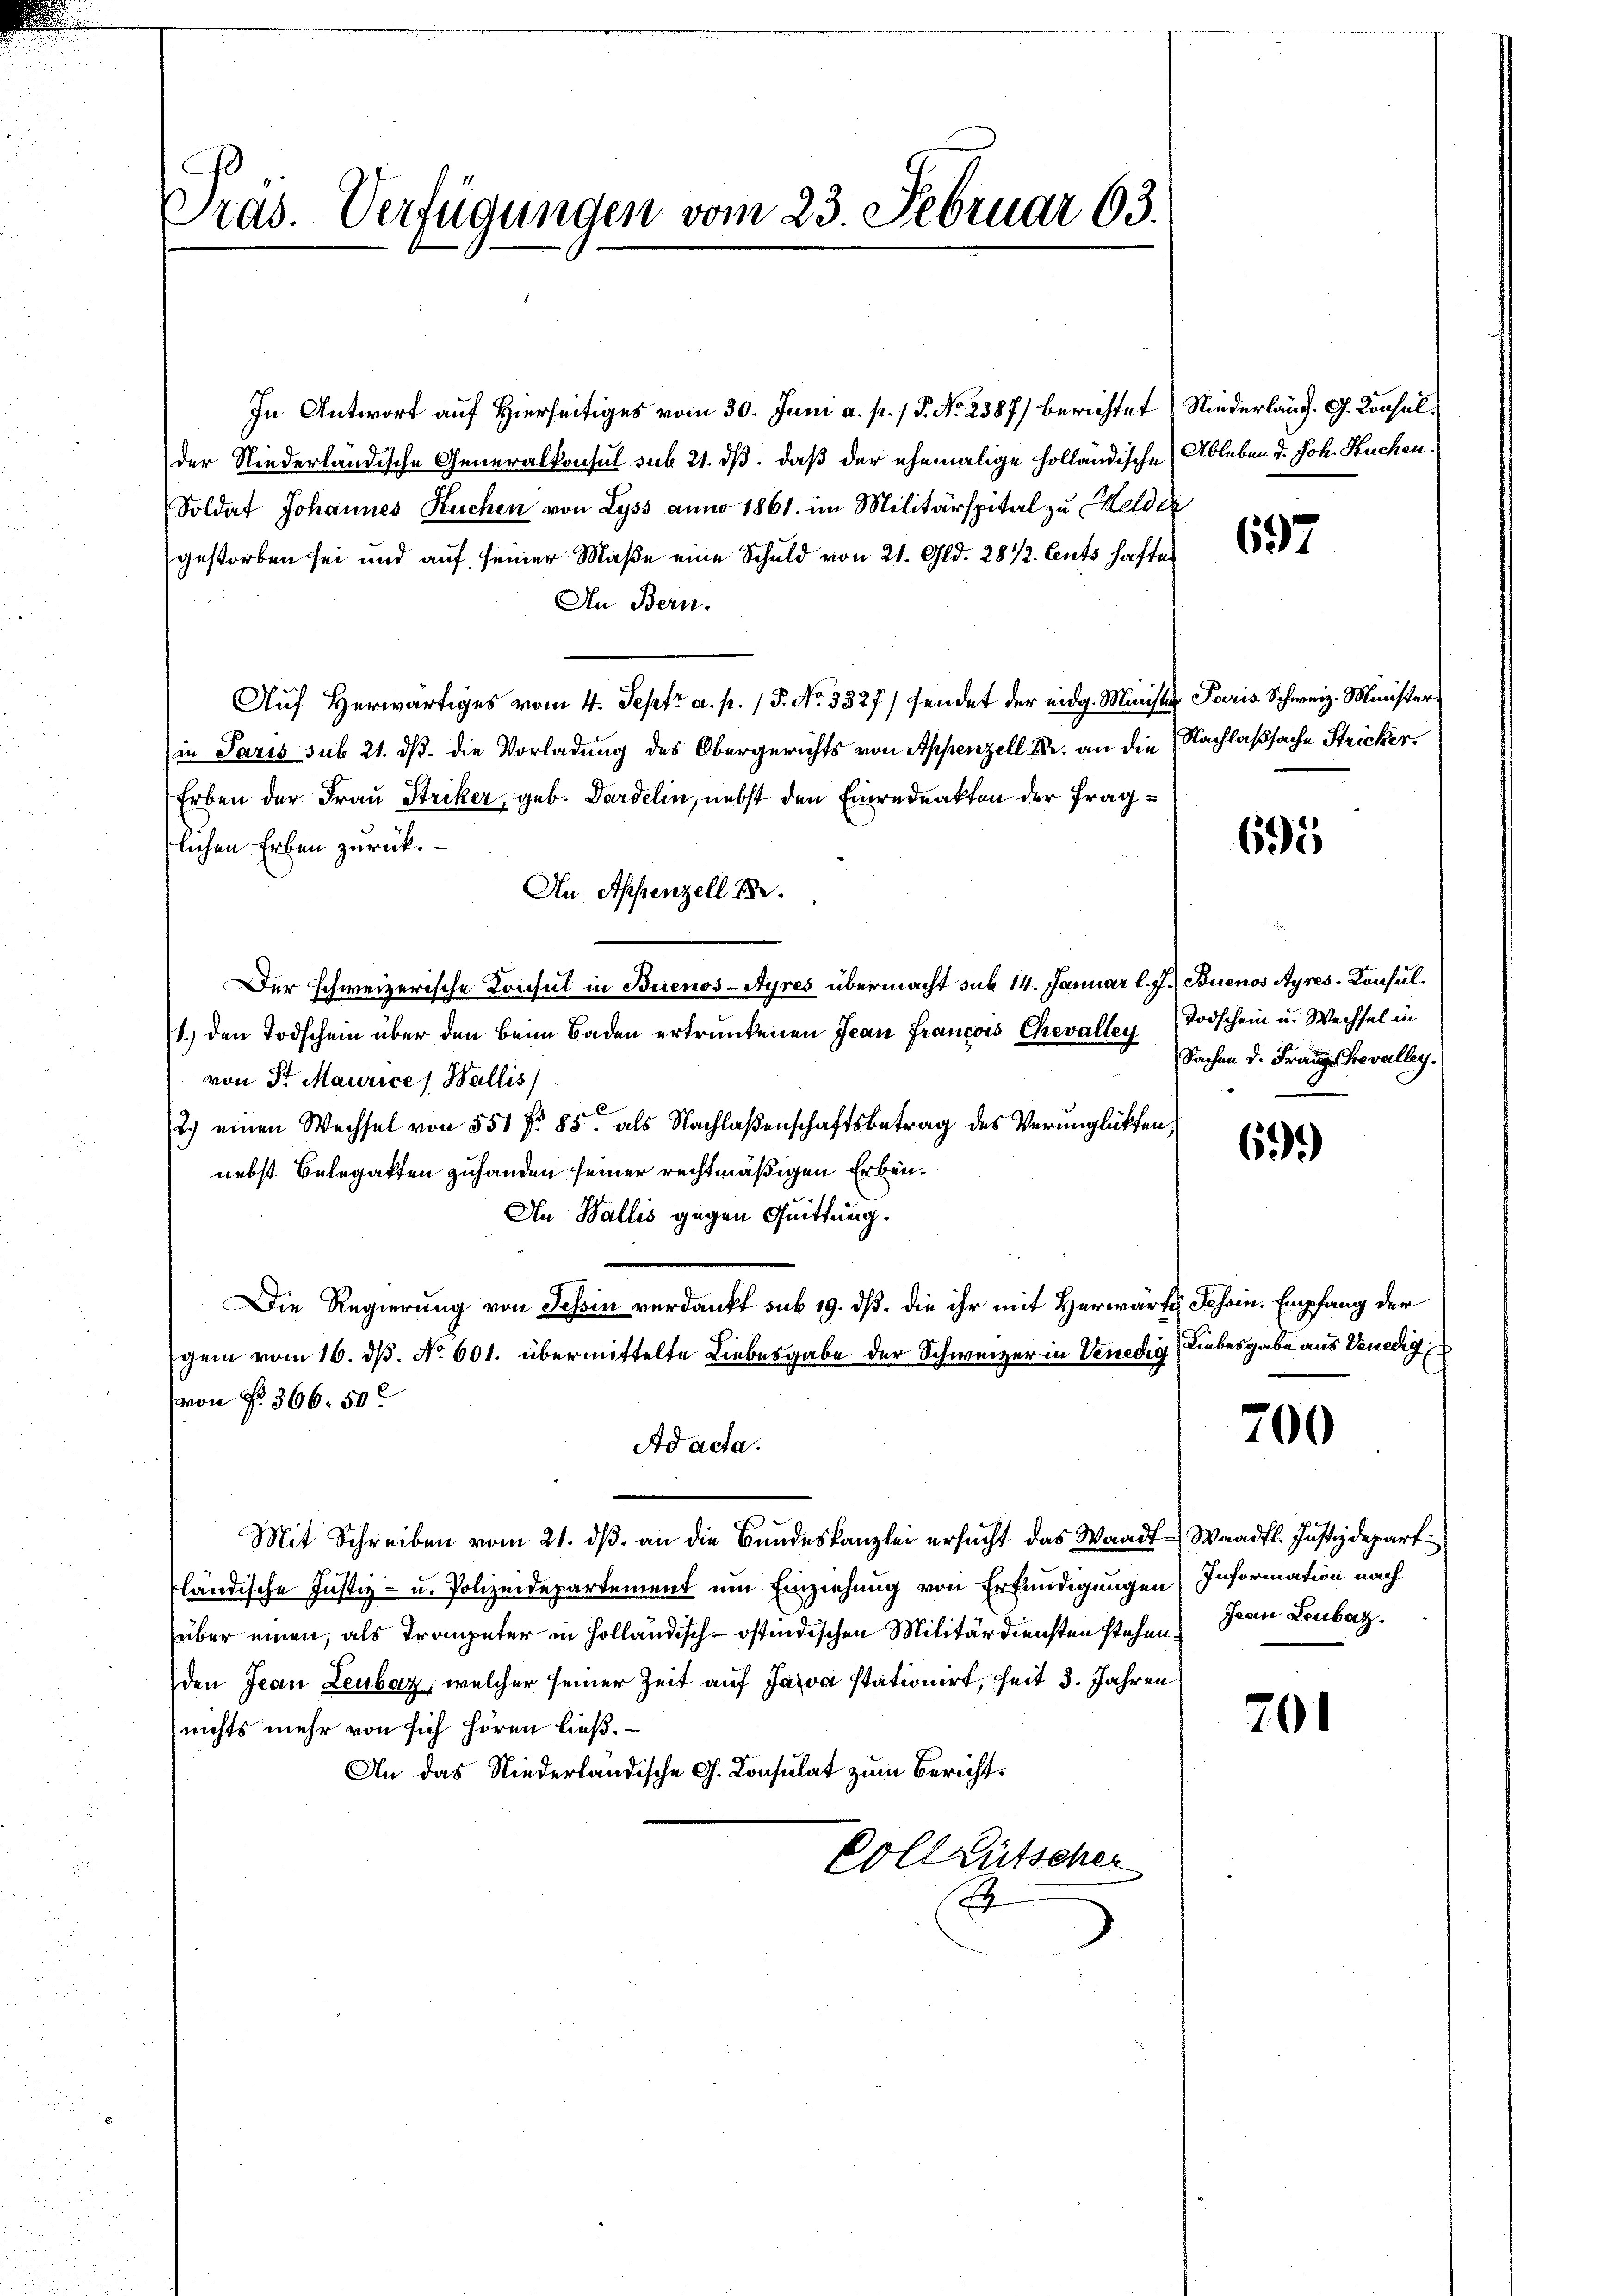
Pras. Verfügungen vom 23. Februar 63.

In Antwort auf Hierseitiges vom 30. Juni a. p. / P. No. 2387) berichtet (Niederlang. G. Konsulder Niederländische Generalkonsul sub 21. ds. daß der ehemalige Holländische Ableben d. Joh. Kuchen.
Soldat Johannes Kuchen von Lyss anno 1861. im Militärspital zu Melder
gestorben sei und auf seiner Maße eine Schuld von 21. Gld. 28 1/2. Cents haftes
An Bern:
Aŭf herwärtiges vom 4. Sept. a. p. / 5. No. 3327) sendet der eidg. Minister Paris Schweiz. Minister.
in Paris sub 21. ds. die Vorladung des Obergerichts von Appenzell Kr. an die Nachlaßsache Stricker¬
Erben der Frau Striker, geb. Dardelin, nebst den Einredenkten der fraglichen Erben zurück.
An Appenzell B
Der schweizerische Konsul in Buenos-Ayres übermacht sub 14. Januar l. J. Buenos Ayres: Consul¬
1.) den Todschein über den beim Baden ertrunkenen Jean Francois Chevallen Todschein u. Wechsel in
von Sr Maurice, Wallis
2.) einen Wechsel von 551 f. 85 als Nachlaßenschaftsbetrag des Verunglükten,
nebst Belegatten zuhanden seiner rechtmäßigen Erben¬
An Wallis gegen Quittung.
Die Regierung von Tessin verdankt sub 19. dß. die ihr mit Herwärte Tessin. Empfang der
gem vom 16. ds. No. 601. übermittelte Liebesgabe der Schweizer in Venedig
von N. 366. 50
Ad acta.
Mit Schreiben vom 21. dβ an die Bŭndeskanzlei ersŭcht das Waadt Waadt. Justizdepart
fländische Justiz- u. Polizeidepartement um Einziehung von Erfündigungen Information nach
über einen, als Trompeter in Holländisch-östindischen Militärdiensten stehen Pan Leubaz.
den Jean Leubaz, welcher seiner Zeit auf Java stationirt, seit 3. Jahren
nichts mehr von sich hören ließ.
An das Niederländische G. Consulat zum Bericht¬
Voll Lütscher
E

697

695

Sachen d. Franz Chevalley

699)

Liebesgabe aus Venedig

700

201